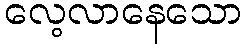
လေ့လာနေသော